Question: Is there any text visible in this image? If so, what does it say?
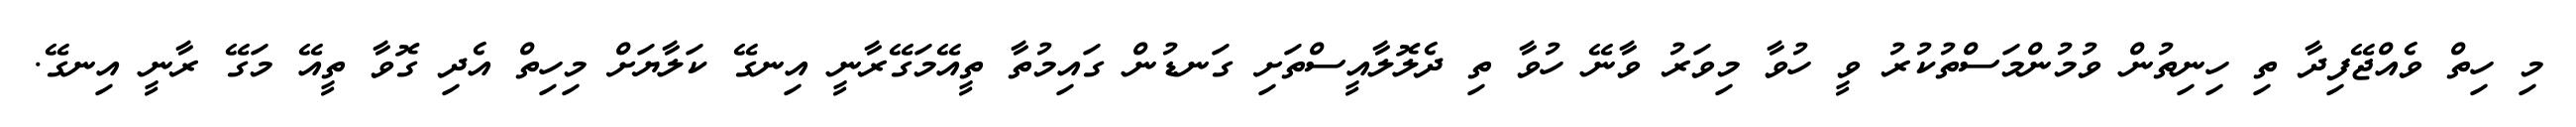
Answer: މި ހިތް ވެއްޖޭފިދާ ތި ހިނިތުން ވުމުންމަސްތުކުރު ވީ ހުވާ މިވަރު ވާނޭ ހުވާ ތި ދެލޮލާއީސްތަށި ގަނޑުން ގައިމުތާ ތީއޭމަގޭރާނީ އިނގޭ ކަލާޔަށް މިހިތް އެދި ގޮވާ ތީއޭ މަގޭ ރާނީ އިނގޭ.